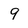
Character: 9